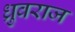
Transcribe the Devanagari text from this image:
ध्रुवराज